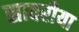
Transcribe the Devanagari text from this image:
सावरीया